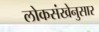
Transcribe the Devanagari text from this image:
लोकसंखेनुसार